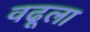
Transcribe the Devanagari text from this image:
वढूला